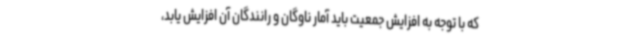
که با توجه به افزایش جمعیت باید آمار ناوگان و رانندگان آن افزایش یابد،